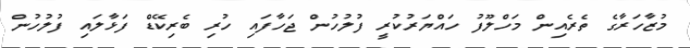
މުޒާހަރާގެ ތެރެއިން މަހްލޫފު ހައްޔަރުކުރީ ފުލުހުން ޖަހާފައި ހުރި ބެރިކޭޑް ފަޅާލައި ފުލުހުން